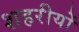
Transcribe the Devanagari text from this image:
शहरीयों